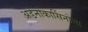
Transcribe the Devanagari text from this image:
अडेनोकार्सिनोमा